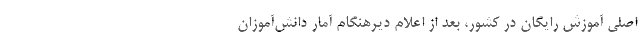
اصلی آموزش رایگان در کشور، بعد از اعلام دیرهنگام آمار دانش‌آموزان